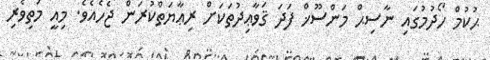
ޙުކުމް ހޯދުމުގައި ނާސިޙް މަންސޫޚް ފަދަ ޤަވާޢިދުތަކަށް ރިޢާޔަތްކުރަން ޖެހެއެެވެ. މިއީ މަތިވެރި